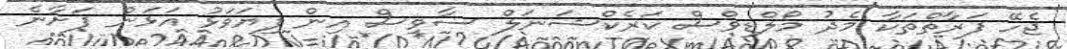
ޖެހޭ ފަރާތްތަކާ މެދު މޯލްޑިވްސް ކަރެކްޝަނަލް ސާވިސް އިން ފިޔަވަޅު އަޅަން ފަށާނެ